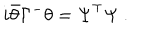
LaTeX: i \bar { \theta } \Gamma ^ { - } \theta = \Psi ^ { \top } \Psi \ .